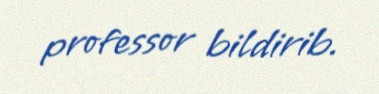
professor bildirib.